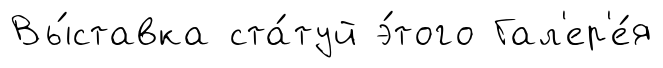
Вы́ставка ста́туй э́того Гал'ер'е́я